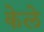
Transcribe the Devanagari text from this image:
केले